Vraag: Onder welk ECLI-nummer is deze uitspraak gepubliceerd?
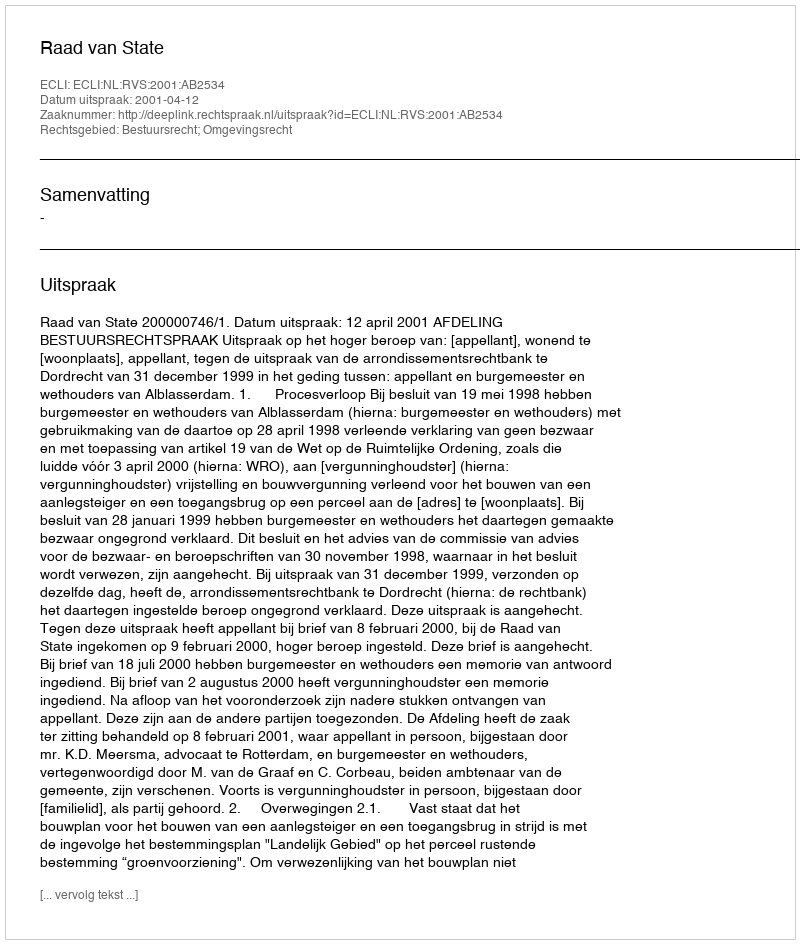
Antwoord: ECLI:NL:RVS:2001:AB2534